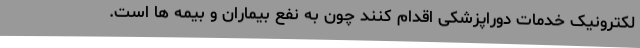
لکترونیک خدمات دوراپزشکی اقدام کنند چون به نفع بیماران و بیمه ها است.